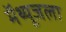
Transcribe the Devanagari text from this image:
मॅथ्यूजला